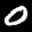
Label: 0